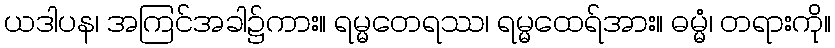
ယဒါပန၊ အကြင်အခါ၌ကား။ ရမ္မတေရဿ၊ ရမ္မထေရ်အား။ ဓမ္မံ၊ တရားကို။